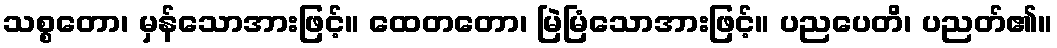
သစ္စတော၊ မှန်သောအားဖြင့်။ ထေတတော၊ မြဲမြံသောအားဖြင့်။ ပညပေတိ၊ ပညတ်၏။